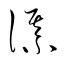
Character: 謀